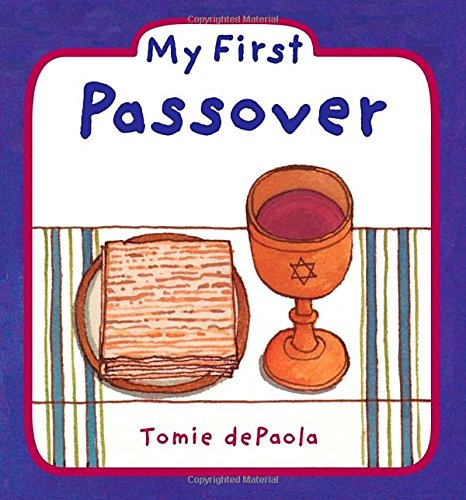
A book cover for My First Passover; Tomie dePaola; Children's Books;